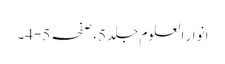
انوار العلوم جلد 5،صفحہ 5-4۔